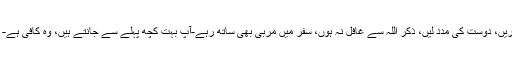
جوتے پہنیے، چل پڑیں، معاون و مشیر تلاش کریں، دوست کی مدد لیں، ذکر اللہ سے غافل نہ ہوں، سفر میں مربّی بھی ساتھ رہے-آپ بہت کچھ پہلے سے جانتے ہیں، وہ کافی ہے- جو نہیں جانتے وہ سفر سکھائے گا- فکر کیسی؟